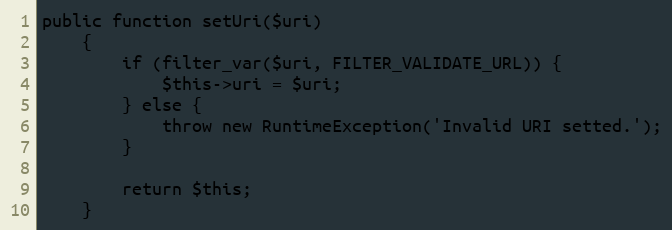
Language: PHP
public function setUri($uri)
	{
		if (filter_var($uri, FILTER_VALIDATE_URL)) {
			$this->uri = $uri;
		} else {
			throw new RuntimeException('Invalid URI setted.');
		}

		return $this;
	}